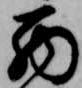
西